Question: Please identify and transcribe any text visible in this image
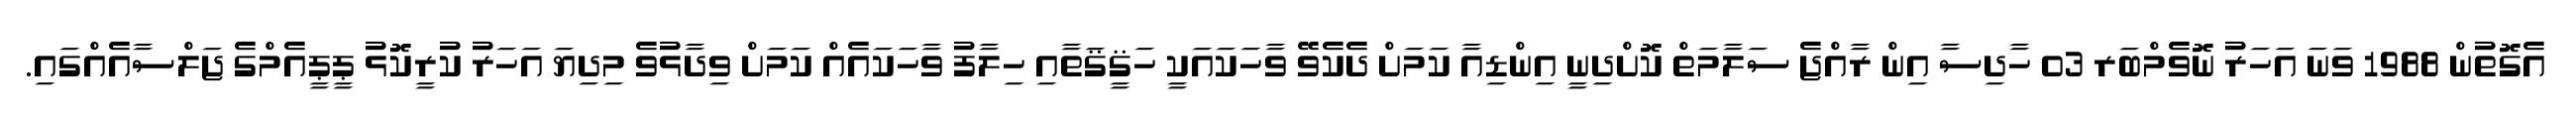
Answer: އެގޮތުން 1988 ވަނަ އަހަރު ނޮވެމްބަރ 03 ހާދިސާ އިން ރާއްޖެ ސަލާމަތް ކޮށްދިނީ އިންޑިއާ ކަމަށް ދެކެވޭ ވާހަކައަކީ ހަޤީޤަތާއި ހިލާފު ވާހަކައެއް ކަމަށް ވިދާޅުވެ މިދިޔަ އަހަރު ކުރީކޮޅު ޕީޕީއެމްގެ ޖަލްސާއެއްގައި.